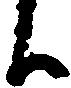
候